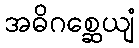
အဓိဂစ္ဆေယျံ